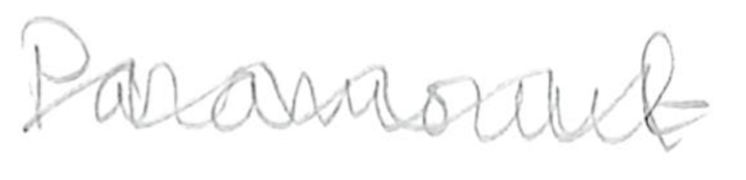
Text: Paramount
Cross-out: wave
Writing tool: pencil